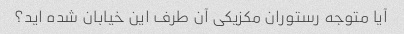
آیا متوجه رستوران مکزیکی آن طرف این خیابان شده اید؟